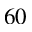
6 0